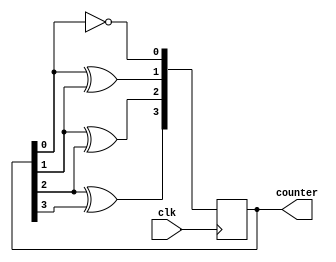
module JohnsonCounter(
    input clk,
    output reg [3:0] counter
);

reg [3:0] current_state;
reg [3:0] next_state;

always @(posedge clk) begin
    current_state <= next_state;
end

always @* begin
    next_state[0] = ~current_state[0];
    next_state[1] = current_state[0] ^ current_state[1];
    next_state[2] = current_state[1] ^ current_state[2];
    next_state[3] = current_state[2] ^ current_state[3];
end

assign counter = current_state;

endmodule